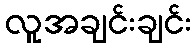
လူအချင်းချင်း